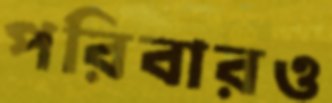
পরিবারও